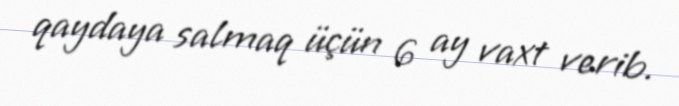
qaydaya salmaq üçün 6 ay vaxt verib.